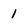
Character: 1